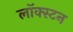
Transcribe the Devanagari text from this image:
लॉक्स्टन